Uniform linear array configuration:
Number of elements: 16
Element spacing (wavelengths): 1
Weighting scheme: blackman
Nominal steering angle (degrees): -60
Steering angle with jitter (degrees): -61.414
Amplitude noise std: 0.05
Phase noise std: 0.05

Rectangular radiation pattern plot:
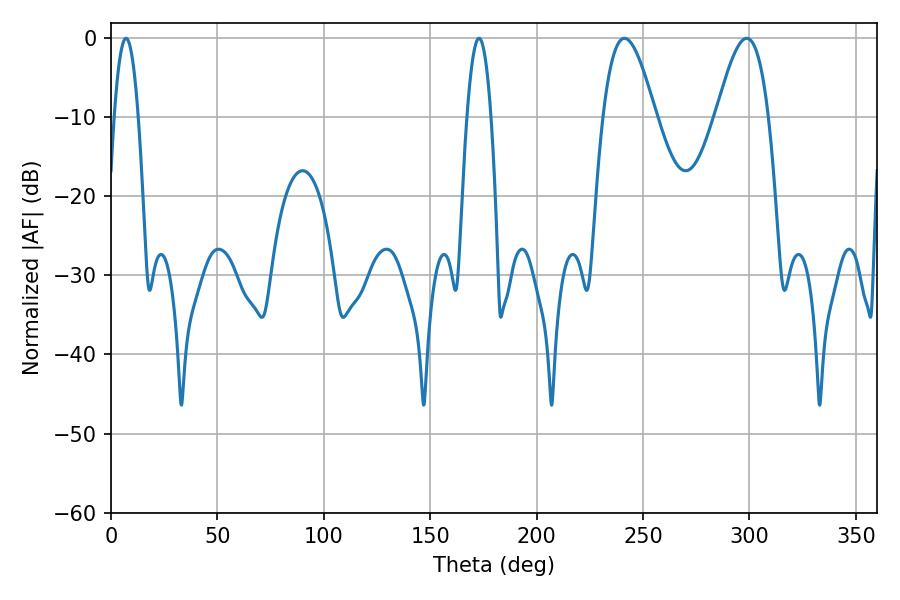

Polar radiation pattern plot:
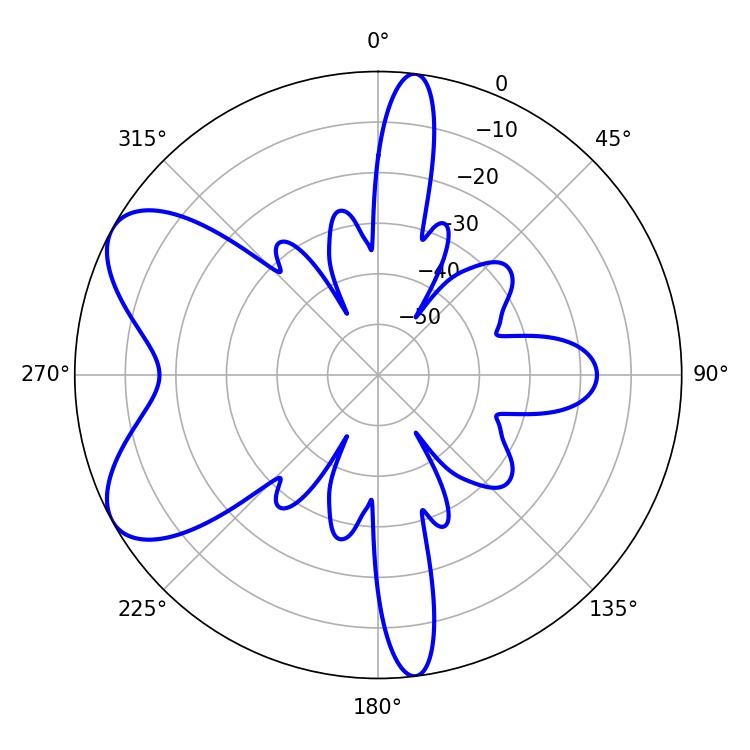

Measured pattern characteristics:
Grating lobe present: TRUE
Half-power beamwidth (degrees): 13.14
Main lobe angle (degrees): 241.2